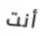
أنت